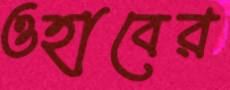
ওহাবের